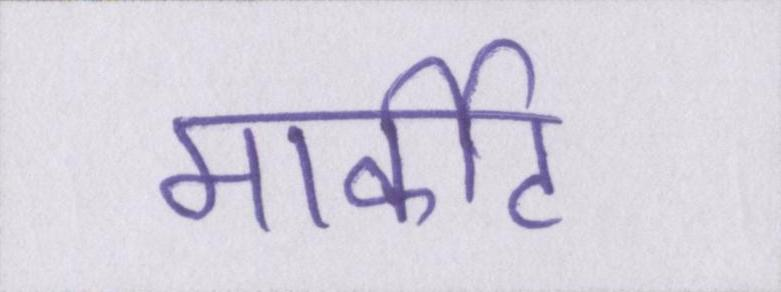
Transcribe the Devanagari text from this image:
मार्कीट